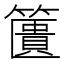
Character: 籄